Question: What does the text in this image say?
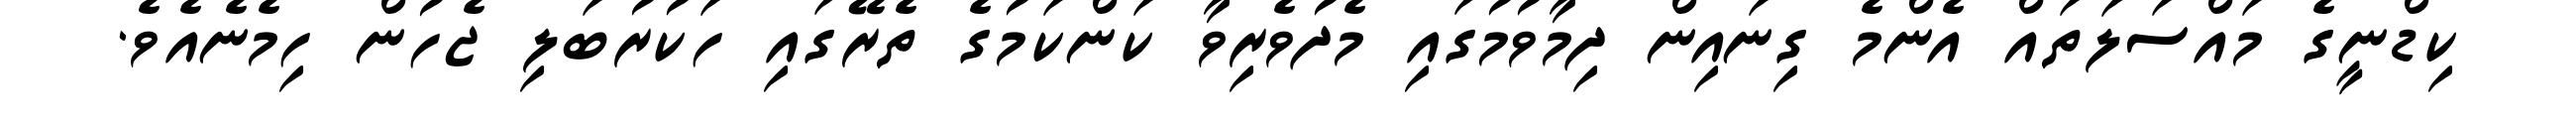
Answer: ކިޑްނީގެ މައްސަލަތައް އެންމެ ގިނައިން ދިމާވުމުގައި މެދުވެރިވާ ކަންކަމުގެ ތެރޭގައި ހަކުރުބަލި ޖެހުން ހިމެނެއެވެ.